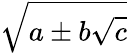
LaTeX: \sqrt{a\pm b{\sqrt{c}}}